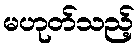
မဟုတ်သည့်